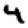
Digit: 4